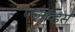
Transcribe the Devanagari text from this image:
फ्लॉव्हर्स